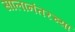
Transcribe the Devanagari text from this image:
सालानंतरच्या